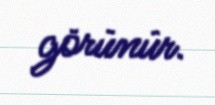
görünür.